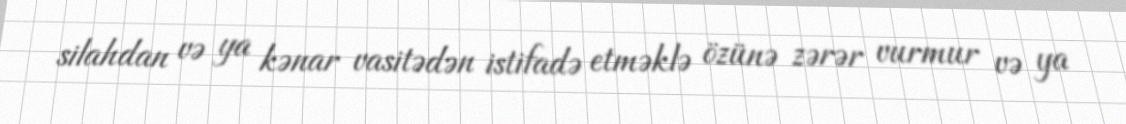
silahdan və ya kənar vasitədən istifadə etməklə özünə zərər vurmur və ya